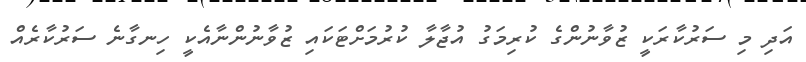
އަދި މި ސަރުކާރަކީ ޒުވާނުންގެ ކުރިމަގު އުޖާލާ ކުރުމަށްޓަކައި ޒުވާނުންނާއެކީ ހިނގާނެ ސަރުކާރެއް